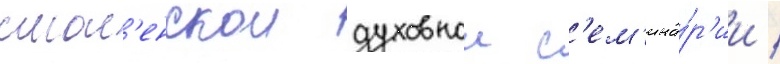
смол'енскои духовнои с'ем'ина́р'ии /